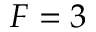
F = 3